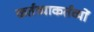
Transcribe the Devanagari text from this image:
कर्तव्याकर्तव्यों